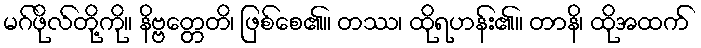
မဂ်ဖိုလ်တို့ကို။ နိဗ္ဗတ္တေတိ၊ ဖြစ်စေ၏။ တဿ၊ ထိုရဟန်း၏။ တာနိ၊ ထိုအထက်